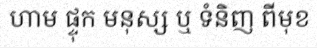
ហាម ផ្ទុក មនុស្ស ឬ ទំនិញ ពីមុខ